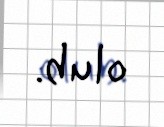
olub.